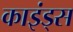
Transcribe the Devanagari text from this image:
काइंड्स